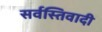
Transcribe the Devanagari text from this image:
सर्वस्तिवादी